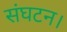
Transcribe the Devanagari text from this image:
संघटन।